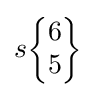
s{\begin{Bmatrix}6\\5\end{Bmatrix}}